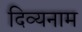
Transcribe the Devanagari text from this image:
दिव्यनाम